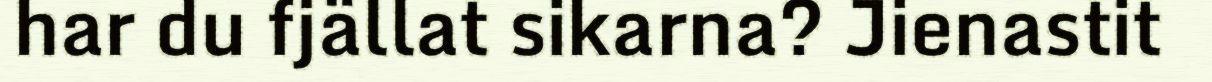
har du fjällat sikarna? Jienastit